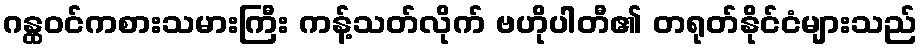
ဂန္ထဝင်ကစားသမားကြီး ကန့်သတ်လိုက် ဗဟိုပါတီ၏ တရုတ်နိုင်ငံများသည်